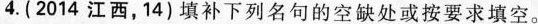
4.(2014江西，14)填补下列名句的空缺处或按要求填空。